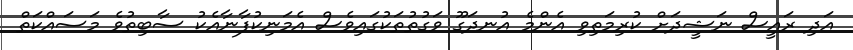
އަދި ރައީސް ނަޝީދަށް ކުރިމަތިވި އެންމެ އުނދަގޫ ވަގުތުތަކުގައިވެސް އެމަނިކުފާނާއެކު ސާބިތުވެ މަސައްކަތް